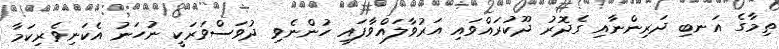
ތިމާގެ އަނބި ދަރިންނާއި ގެދޮރު ދޫކުރައްވައި އަރުވާލައްވާފައި ހުންނެވި ދުވަސްވަރަކީ ނުހަނު އެކަނިވެރިކަމާ